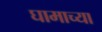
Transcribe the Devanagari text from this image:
घामाच्या